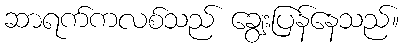
ဆာရက်ကလစ်သည် ချွေးပြန်နေသည်။